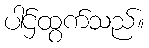
ပါဌ်ထွက်သည်။